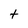
Character: t